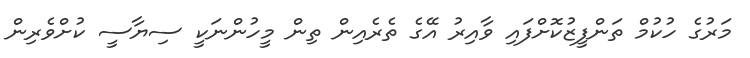
މަރުގެ ހުކުމް ތަންފީޒުކޮށްފައި ވާއިރު އޭގެ ތެރެއިން ތިން މީހުންނަކީ ސިޔާސީ ކުށްވެރިން